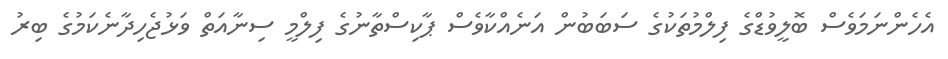
އެހެންނަމަވެސް ބޮލީވުޑްގެ ފިލްމުތަކުގެ ސަބަބުން އަނެއްކާވެސް ޕާކިސްތާނުގެ ފިލްމީ ސިނާއަތް ވަޅުޖެހިދާނެކަމުގެ ބިރު